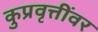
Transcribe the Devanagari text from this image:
कुप्रवृत्तींवर